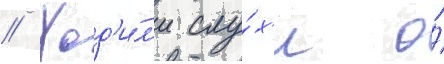
// Ход'и́л'и слу́х'и о́